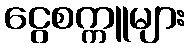
ငွေစက္ကူများ